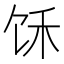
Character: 𲋣